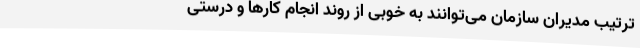
ترتیب مدیران سازمان می‌توانند به خوبی از روند انجام کارها و درستی